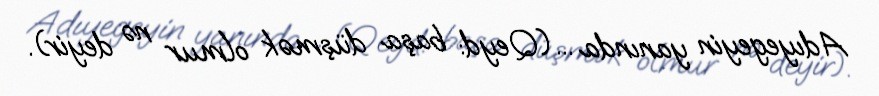
Adıyegeyin yanında ...(Qeyd: başa düşmək olmur nə deyir).